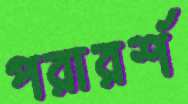
পরারর্শ